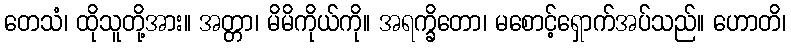
တေသံ၊ ထိုသူတို့အား။ အတ္တာ၊ မိမိကိုယ်ကို။ အရက္ခိတော၊ မစောင့်ရှောက်အပ်သည်။ ဟောတိ၊